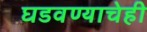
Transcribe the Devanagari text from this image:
घडवण्याचेही